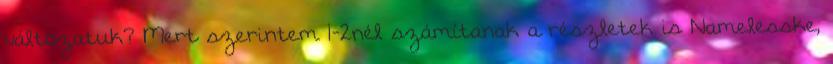
változatuk? Mert szerintem 1-2nél számítanak a részletek is Namelesske,